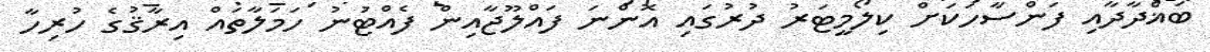
ބަޣްދާދާއި ފަންސާހަކަށް ކިލޯމީޓަރު ދުރުގައި އޮންނަ ފައްލޫޖާއިން ފެއްޓުނު ހަމަލާތައް އިރާޤުގެ ހުރިހާ